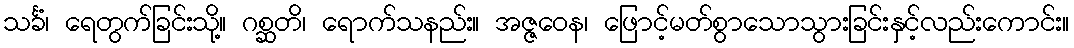
သင်္ခံ၊ ရေတွက်ခြင်းသို့။ ဂစ္ဆတိ၊ ရောက်သနည်း။ အဇ္ဇဝေန၊ ဖြောင့်မတ်စွာသောသွားခြင်းနှင့်လည်းကောင်း။